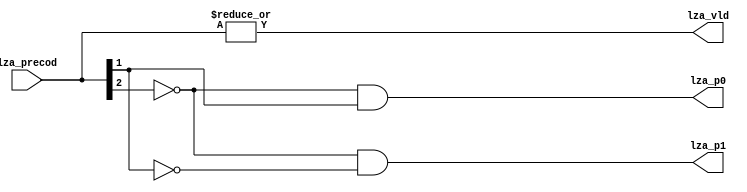
/*Copyright 2019-2021 T-Head Semiconductor Co., Ltd.

Licensed under the Apache License, Version 2.0 (the "License");
you may not use this file except in compliance with the License.
You may obtain a copy of the License at

    http://www.apache.org/licenses/LICENSE-2.0

Unless required by applicable law or agreed to in writing, software
distributed under the License is distributed on an "AS IS" BASIS,
WITHOUT WARRANTIES OR CONDITIONS OF ANY KIND, either express or implied.
See the License for the specific language governing permissions and
limitations under the License.
*/

// &ModuleBeg; @23
module ct_vfmau_lza_32(
  lza_p0,
  lza_p1,
  lza_precod,
  lza_vld
);

// &Ports; @24
input   [2:0]  lza_precod; 
output         lza_p0;    
output         lza_p1;    
output         lza_vld;   

// &Regs; @25

// &Wires; @26
wire           lza_p0;    
wire           lza_p1;    
wire    [2:0]  lza_precod; 
wire           lza_vld;   


assign lza_vld = |lza_precod[2:0];
assign lza_p0  = !lza_precod[2] && lza_precod[1];
assign lza_p1  = !lza_precod[2] && !lza_precod[1];

// &ModuleEnd; @32
endmodule